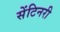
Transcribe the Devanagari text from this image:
सेंटिनरी